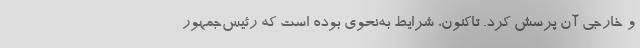
و خارجی آن پرسش کرد. تاکنون، شرایط به‌نحوی بوده است که رئیس‌جمهور